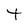
Character: t